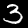
Digit: 3